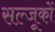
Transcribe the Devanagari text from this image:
सल्जूकों